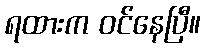
ရထားက ဝင်နေပြီ။